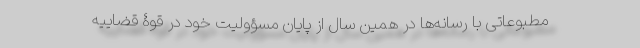
مطبوعاتی با رسانه‌ها در همین سال از پایان مسؤولیت خود در قوۀ قضاییه